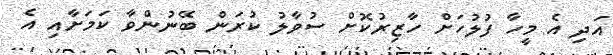
އަދި އެ މީހާ ފުލުހަށް ހާޒިރުކޮށް ސުވާލު ކުރަން ބޭނުންވާ ކަަމަށާއި އެ